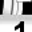
Digit: 1